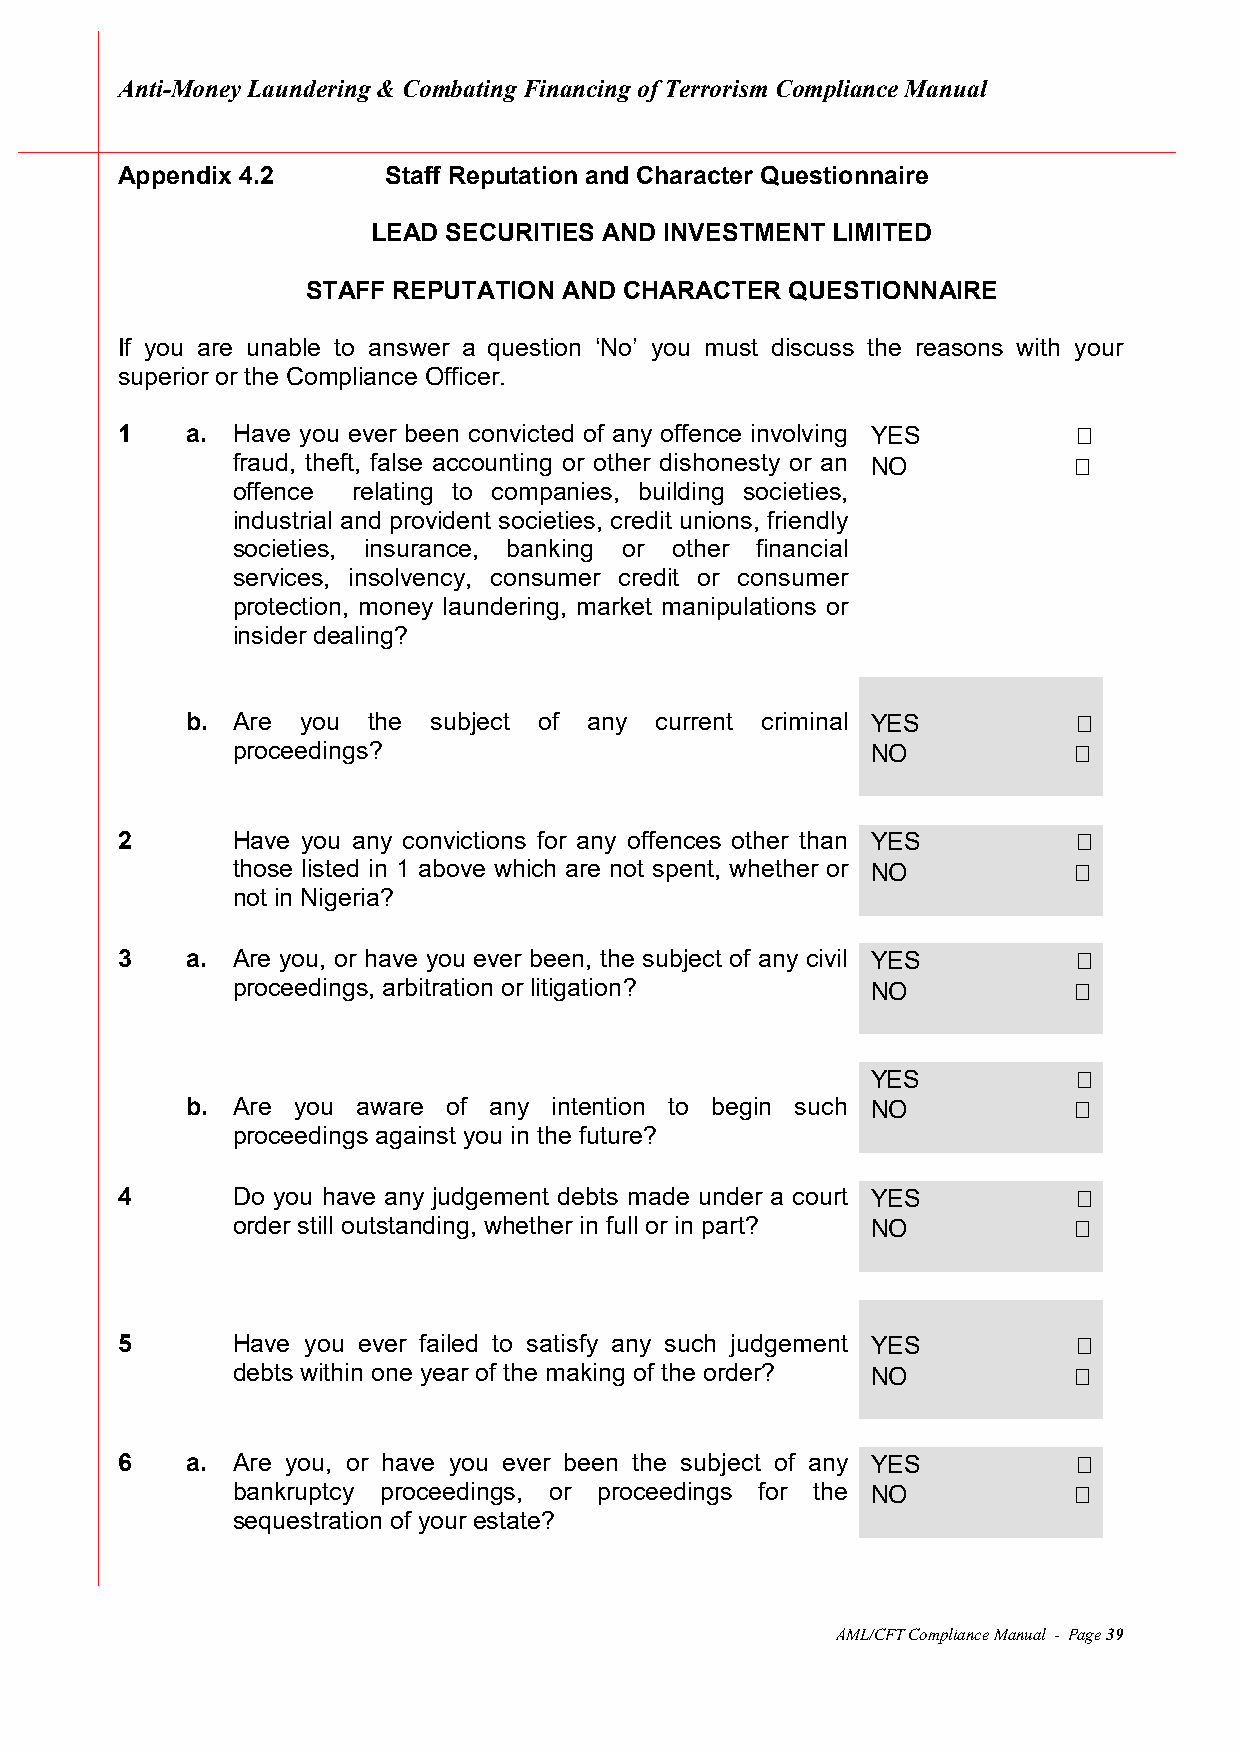
Anti-Money Laundering & Combating Financing of Terrorism Compliance Manual
 Appendix 4.2     Staff Reputation and Character Questionnaire
 LEAD SECURITIES AND INVESTMENT LIMITED
 STAFF REPUTATION AND CHARACTER  QUESTIONNAIRE
 If you are unable to answer a question ‘No’ you must discuss the reasons with your
 superior or the Compliance Officer.
 1   a. Have you ever been convicted of any offence involving YES
 fraud, theft, false accounting or other dishonesty or an NO
 offence relating to companies, building societies,
 industrial and provident societies, credit unions, friendly
 societies, insurance, banking or other financial
 services, insolvency, consumer credit or consumer
 protection, money laundering, market manipulations or
 insider dealing?
 b. Are  you the  subject of any current criminal YES
 proceedings?                               NO
 2      Have you any convictions for any offences other than YES
 those listed in 1 above which are not spent, whether or NO
 not in Nigeria?
 3   a. Are you, or have you ever been, the subject of any civil YES
 proceedings, arbitration or litigation?    NO
 YES
 b. Are you  aware of any intention to begin such NO
 proceedings against you in the future?
 4      Do you have any judgement debts made under a court YES
 order still outstanding, whether in full or in part? NO
 5      Have you ever failed to satisfy any such judgement YES
 debts within one year of the making of the order? NO
 6   a. Are you, or have you ever been the subject of any YES
 bankruptcy proceedings, or proceedings for the NO
 sequestration of your estate?
 AML/CFT Compliance Manual - Page 39